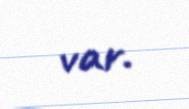
var.